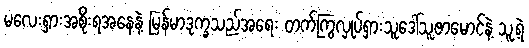
မလေးရှားအစိုးရအနေနဲ့ မြန်မာဒုက္ခသည်အရေး တက်ကြွလှုပ်ရှားသူဒေါ်သူဇာမောင်နဲ့ သူ့ရဲ